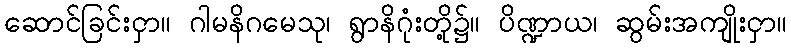
ဆောင်ခြင်းငှာ။ ဂါမနိဂမေသု၊ ရွာနိဂုံးတို့၌။ ပိဏ္ဍာယ၊ ဆွမ်းအကျိုးငှာ။